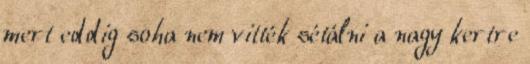
mert eddig soha nem vitték sétálni a nagy kertre